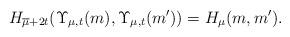
LaTeX: \begin{align*}H_{\overline{\mu}+2t}(\Upsilon_{\mu,t}(m),\Upsilon_{\mu,t}(m'))=H_\mu(m,m').\end{align*}